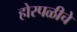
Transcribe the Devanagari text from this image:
होरपळीचे